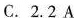
C. 2.2 A